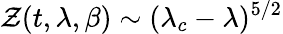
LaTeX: {\cal Z}(t,\lambda,\beta)\sim(\lambda_{c}-\lambda)^{5/2}